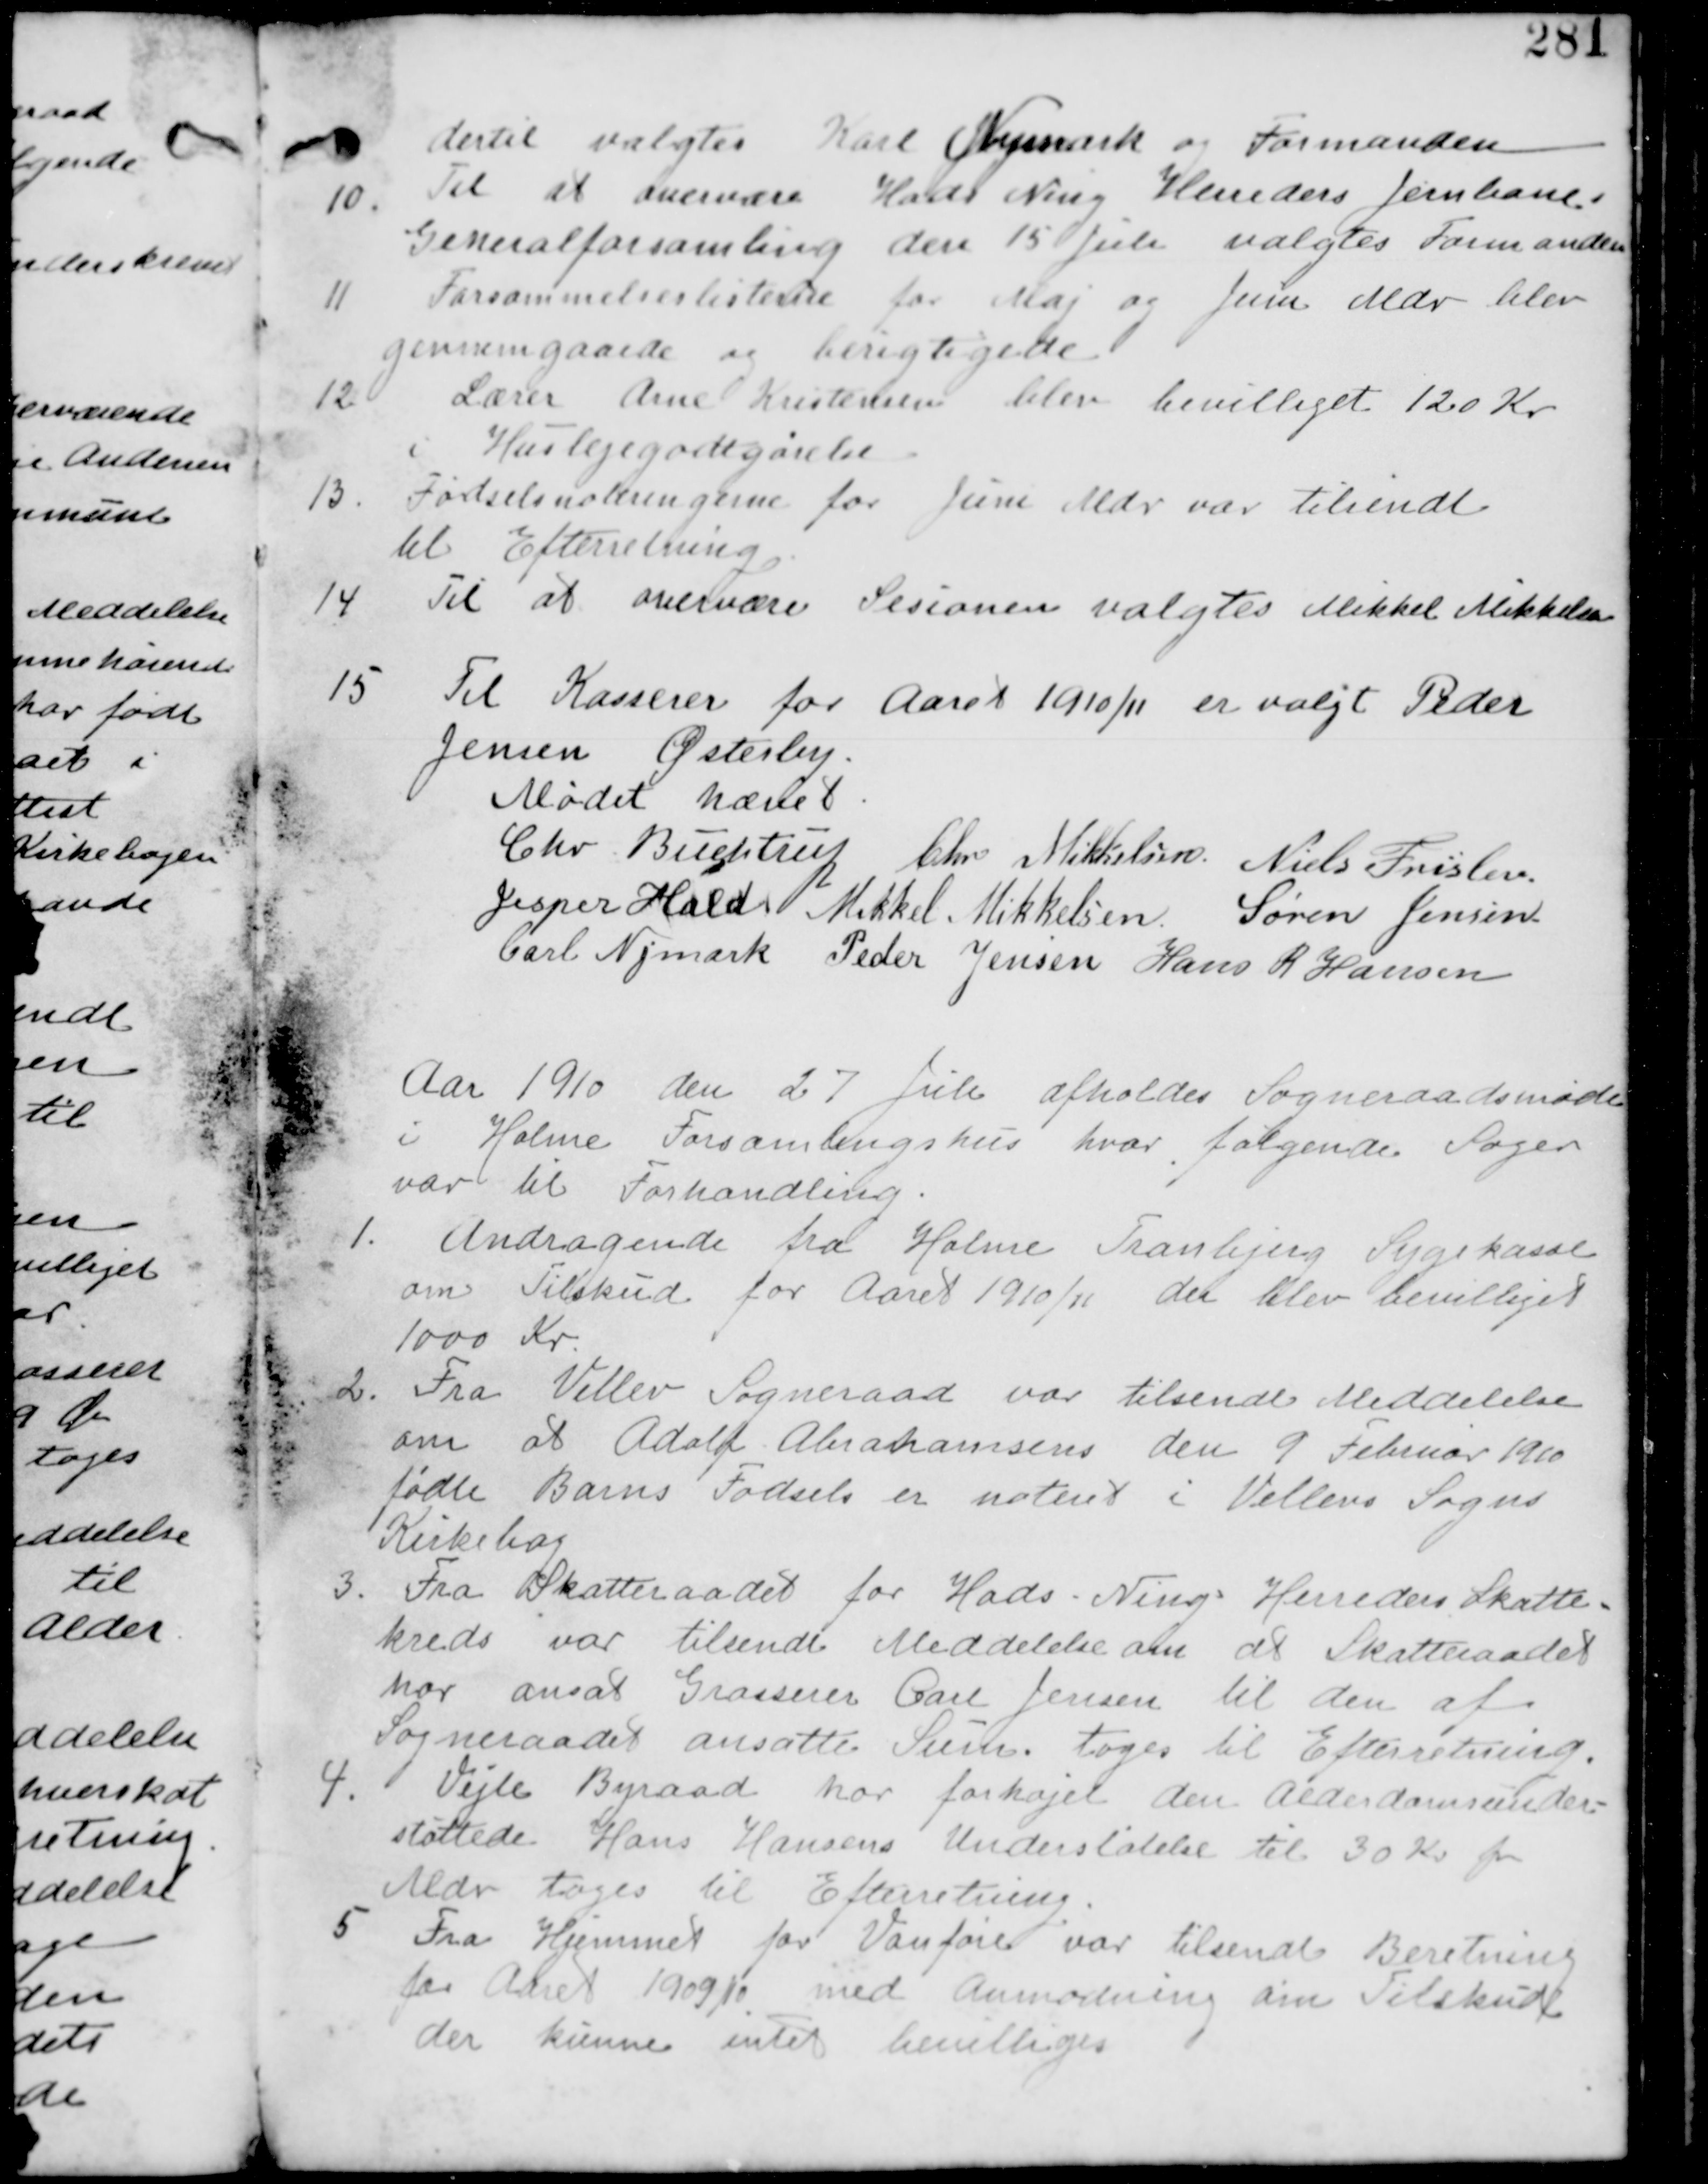
Transskription:
dertil valgtes Karl Nymark og Formanden

10. Til at overvære Hads Ning Herreders Jernbane-
Generalforsamling den 15 Juli valgtes Formanden.

11 Forsømmelseslisterne for Maj og Juni Mdr blev
gennemgaaede og berigtigede.

12. Lærer Arne Kristensen blev bevilliget 120 Kr
i Huslejegodtgørelse

12. Fødselsnoteringerne for Juni Mdr var tilsendt
til Efterretning

14 Til at overvære Sesionen valgtes Mikkel Mikkelsen

15 Til Kasserer for Aaret 1910/11 er valgt Peder
Jensen Østerby

Mødet hævet
Chr Buchtrup Chr Mikkelsen Niels Frislev
Jesper Hald Mikkel Mikkelsen Søren Jensen
Carl Nymark Peder Jensen Hans R Hansen

Aar 1910 de 27 Juli afholdes Sogneraadsmøde
i Holme Forsamlingshus hvor følgende Sager
var til Forhandling.

1. Andragende fra Holme Tranbjerg Sygekasse
om Tilskud for Aaret 1910/11 der blev bevilliget
1000 Kr

2. Fra Vellev Sogneraad var tilsendt Meddelelse
om at Adolf Abrahamsens den 9 Februar 1910
fødte Barns Fødsel er noteret i Vellevs Sogns
Kirkebog.

3. Fra Skatteraadet for Hads Ning Herreds Skatte-
kreds var tilsendt Meddelelse om at Skatteraadet
har ansat Grosserer Carl Jensen til den af
Sogneraadet ansatte Sum. tages til Efterretning

4. Vejle Byraad har forhøjet den Alderdomsunder-
støttede Hans Hansens Understøttelse til 30 Kr
Mdr tages til Efterretning.

5 Fra Hjemmet for Vanføre var tilsendt Beretnng
for Aaret 1909/10 med Anmodning om Tilskud
der kunne intet bevilliges.